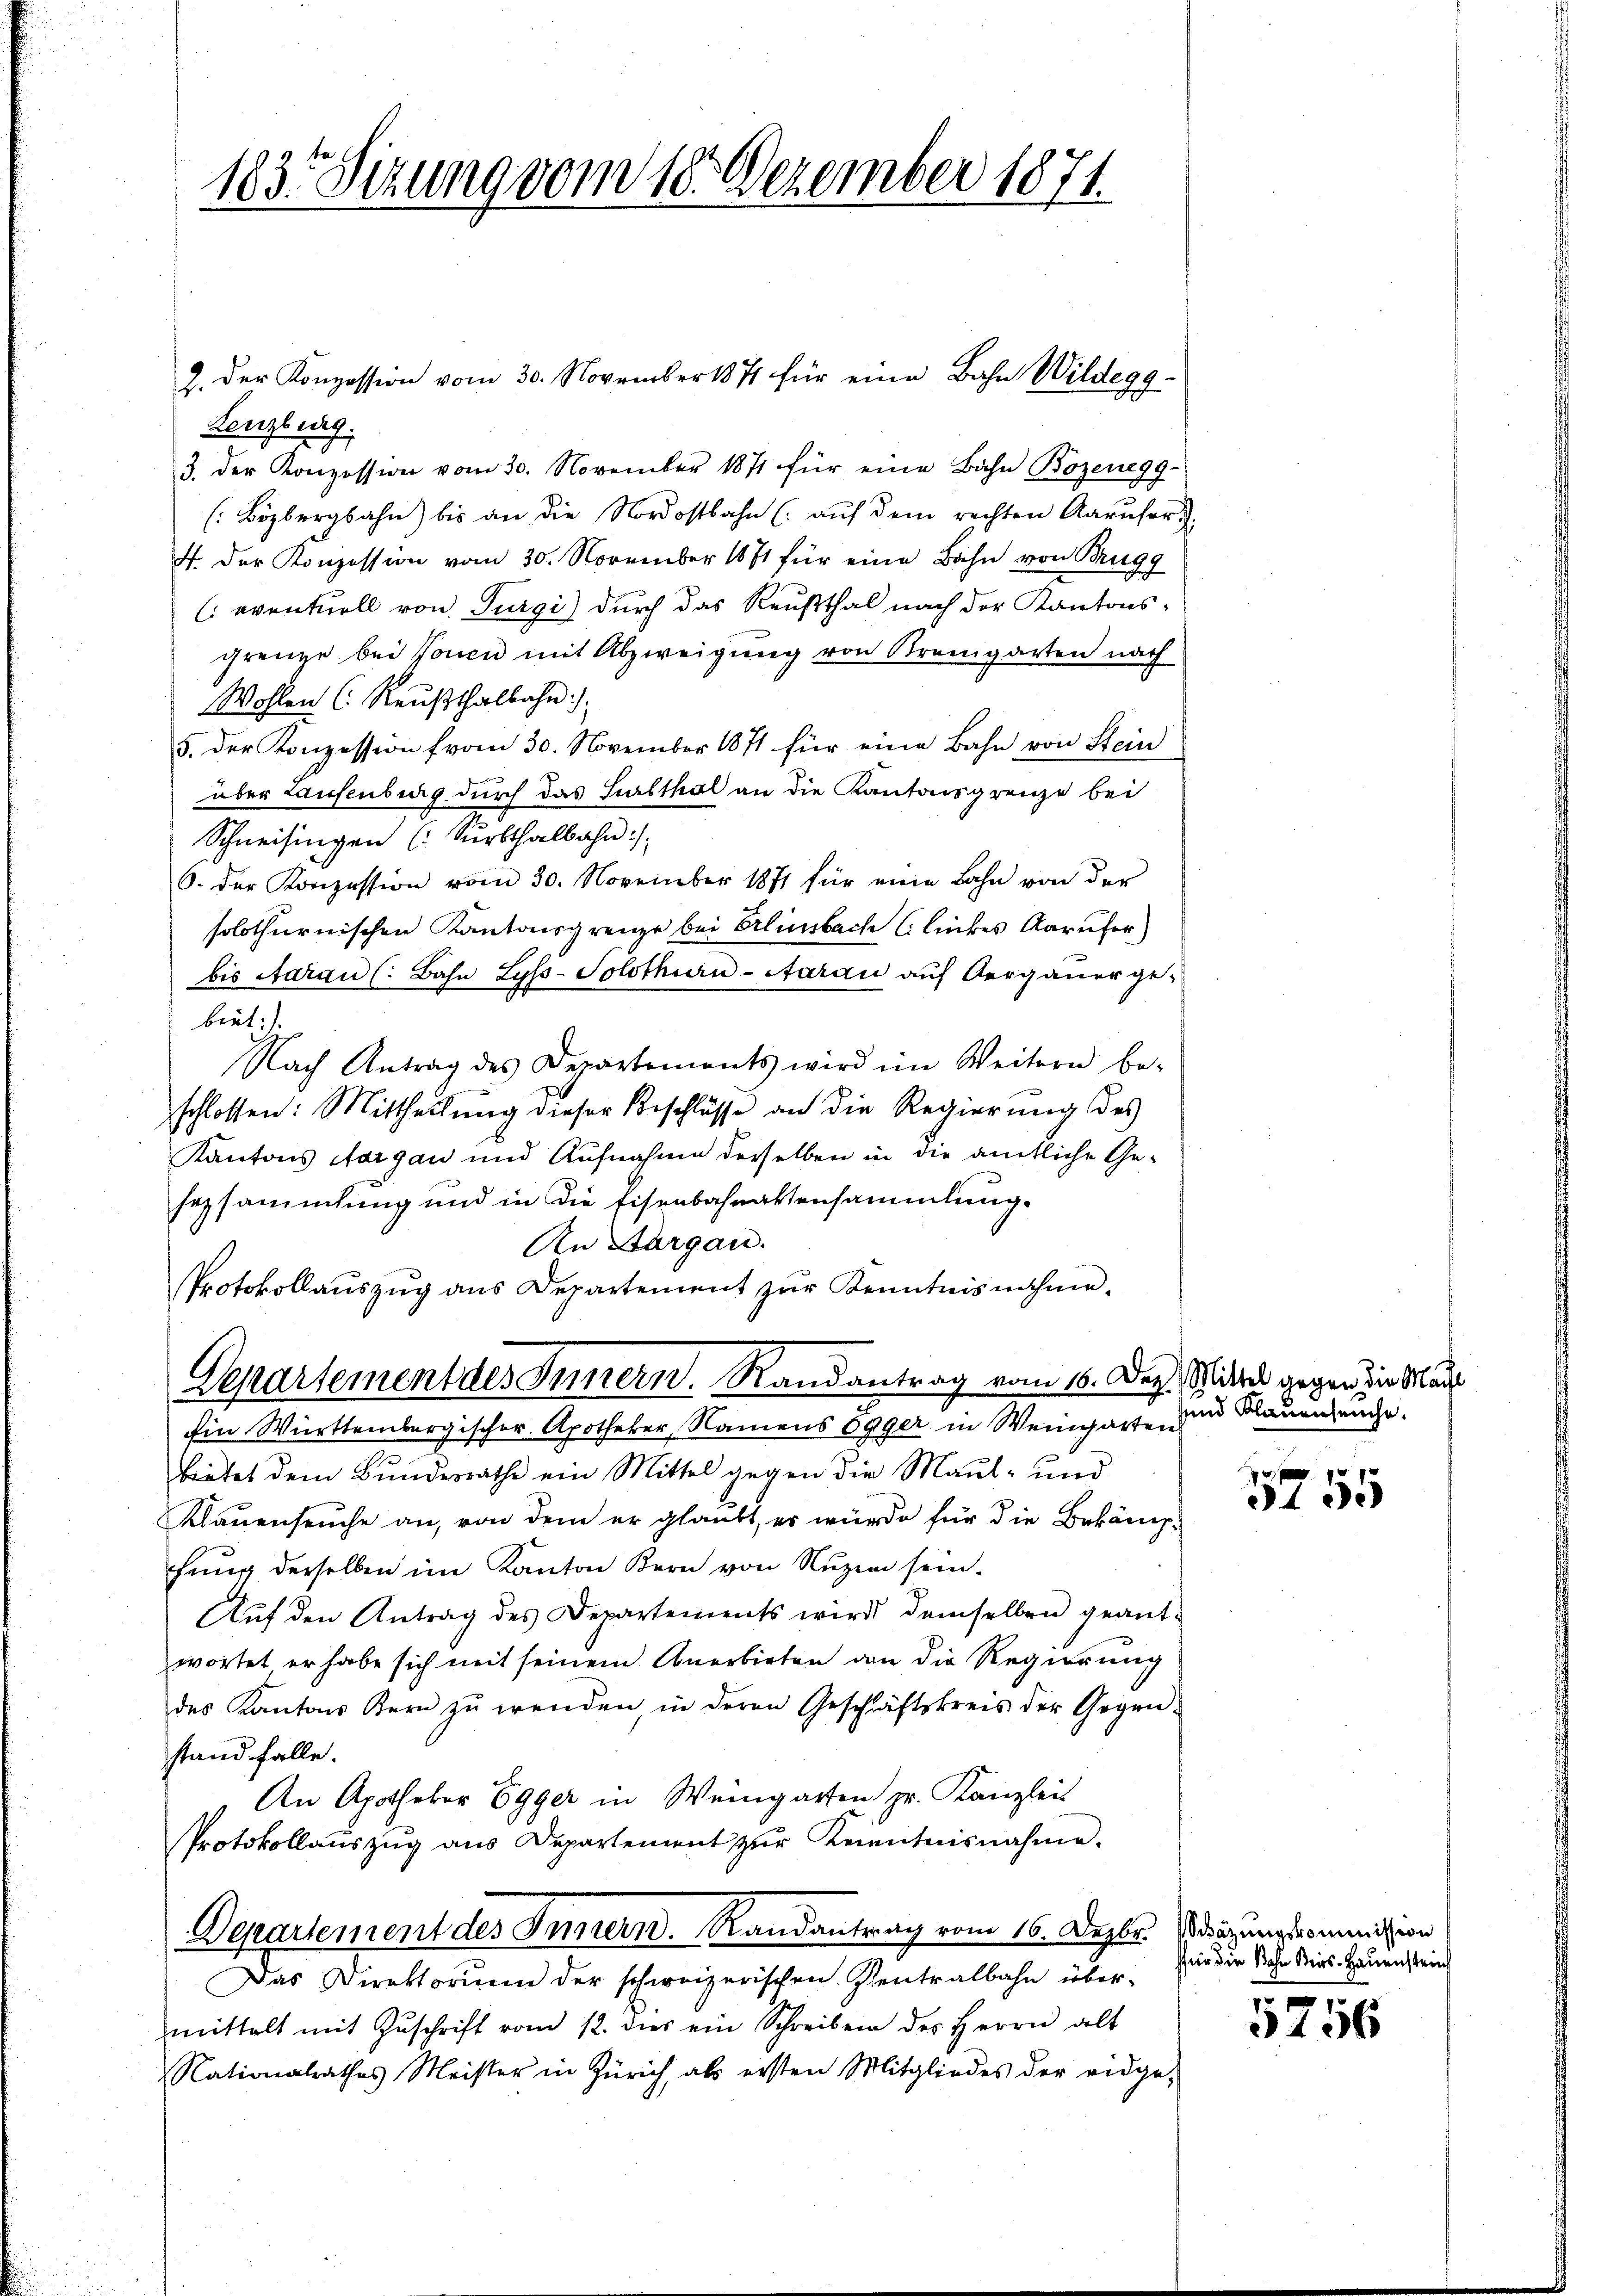
183. Sizung vom 10. Dezember 1871.

2. Der Konzession vom 30. November 1871 für eine Bahn Wildegg-
Lenzburg.
3. der Konzession vom 30. November 1871 für eine Bahn Bozenegg-
(Bözbergbahn) bis an die Nordostbahn (: aŭf dem rechten Aarŭfor
4. Der Konzession vom 30. November 1871 für eine Bahn von Brugg
(eventuell von Turgi) durch das Reußthal nach der Kantons-
grenze bei Jonen mit Abzweigung von Krengarten nach
Wohlen (: Reußthalbahn
5. der Konzession fvom 30. November 1871 für eine Bahn von Stein
über Laufenburg durch das Sursthal an die Kantonsgrenze bei
Schneisingen (Surtthalbahn /:
6. der Konzession vom 30. November 1871 für eine Bahn von der
solothurnischen Kantonsgrenze bei Erlinsbach Clinkes Karufer)
bis Aarau (: Bahn Lyss-Solothurn-Aarau aŭf Oergauer ge-
biet:)
Nach Antrag des Departements wird im Weitern be-
schlossen: Mittheilung dieser Beschlüsse an die Regierŭng des
Kantons Aargau und Aufnahme derselben in die amtliche Ge-
sezsammlung und in die Eisenbahnaktensammlung.
An Sargau.
Protokollaŭszŭg ans Departement zŭr Kenntnisnahme.
Departement des Innern. Randantrag vom 16. Dez. Mit gegen die Mar
Ein Württembergischer Apotheker, Namens Egger in Weingarte, und Blauenseuche.
bietet dem Bundesrathe ein Mittel gegen die Maul- und
Klauenseuche an, von dem er glaubt, er würde für die Bekämpfŭng derselben im Kanton Kern von Nuzen sein.
Aŭf den Antrag des Departements wird demselben geant-
wortet er habe sich mit seinem Anerbieten an die Regierung
des Kantons Kern zŭ wenden, in deren Geschäftskreis der Gegen-
stand falle.
An Apothekar Egger in Weingarten pr. Kanzleit
Protokollauszug aus Departement zur Kenntnisnahme.
Departement des Innern. Randantrag vom 16. Dezbr. dazungscommission
Das Direktorium der schweizerischen Pentralbahn über-
mittelt mit Zŭschrift vom 12. dies ein Schreiben des Herrn alt
Nationalrathes Meister in Zürich, als ersten Mitgliedes der eidge-

3155

für die Sohn Bris-Hauenstrich
e

3456